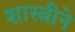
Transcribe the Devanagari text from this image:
शास्त्रीने